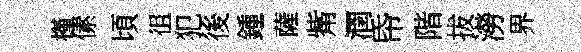
槿傃頃徂犯後鍾薩觜潤帋階拔澇界